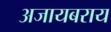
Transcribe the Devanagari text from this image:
अजायबराय